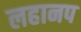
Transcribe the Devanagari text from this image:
लहानप